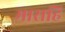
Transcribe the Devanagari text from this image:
मासहि